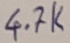
Text: 4.7K